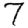
Digit: 7